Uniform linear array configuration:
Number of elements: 4
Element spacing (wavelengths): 0.75
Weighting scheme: hann
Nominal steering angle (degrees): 0
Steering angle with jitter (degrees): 0.926
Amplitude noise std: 0.05
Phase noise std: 0.05

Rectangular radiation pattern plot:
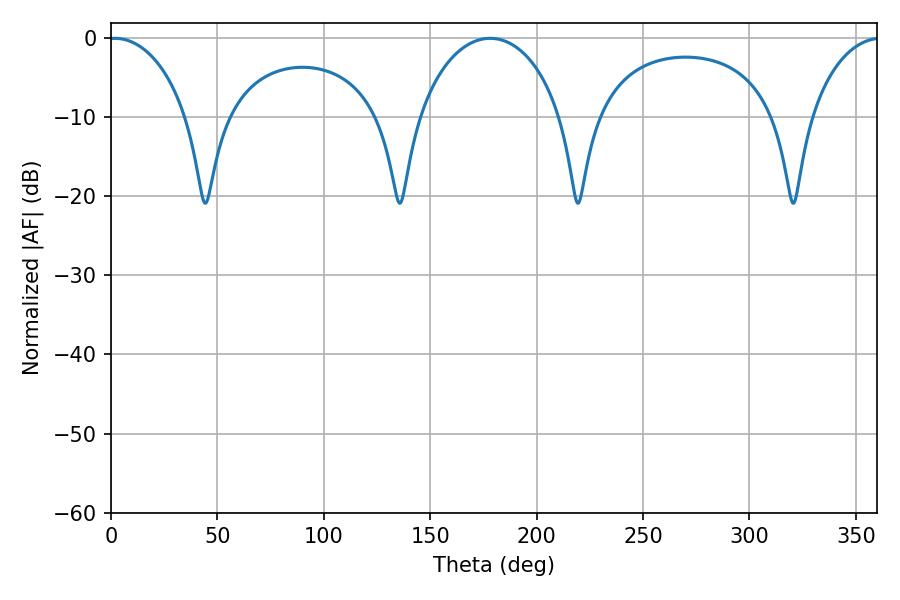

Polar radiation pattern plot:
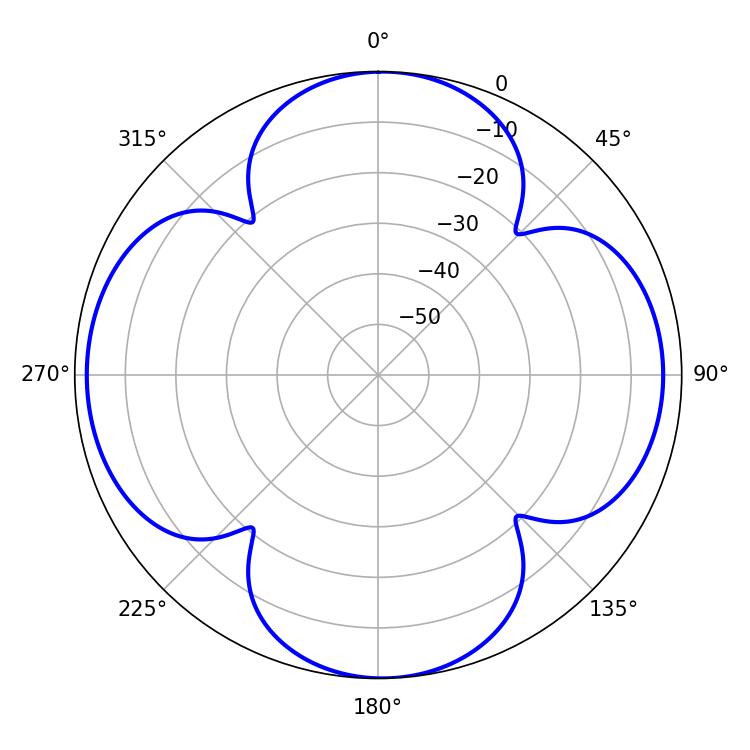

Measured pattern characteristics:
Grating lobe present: TRUE
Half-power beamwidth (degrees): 21.42
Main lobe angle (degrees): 1.8